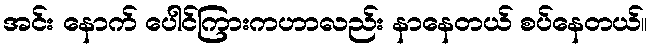
အင်း နောက် ပေါင်ကြားကဟာလည်း နာနေတယ် စပ်နေတယ်။